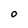
Character: 0